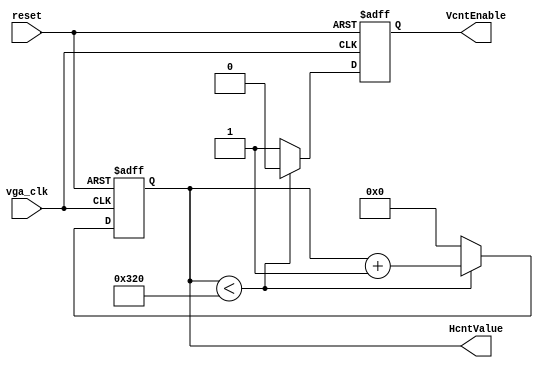
module HorizontalCnt(vga_clk, reset, HcntValue, VcntEnable);
input vga_clk, reset;
output reg [9:0] HcntValue=0;
output reg VcntEnable=0;

always @(posedge vga_clk or posedge reset)
begin
	if (reset)
	begin
		HcntValue <= 0;
		VcntEnable <= 0;
	end
	else
		begin
			 if(HcntValue < 800) //metraw 800
			 begin
				  HcntValue <= HcntValue + 1;
				  VcntEnable <= 0;
			 end
			 else
			 begin
				  HcntValue <= 0;
				  VcntEnable <=1;
			 end
		end
end
endmodule